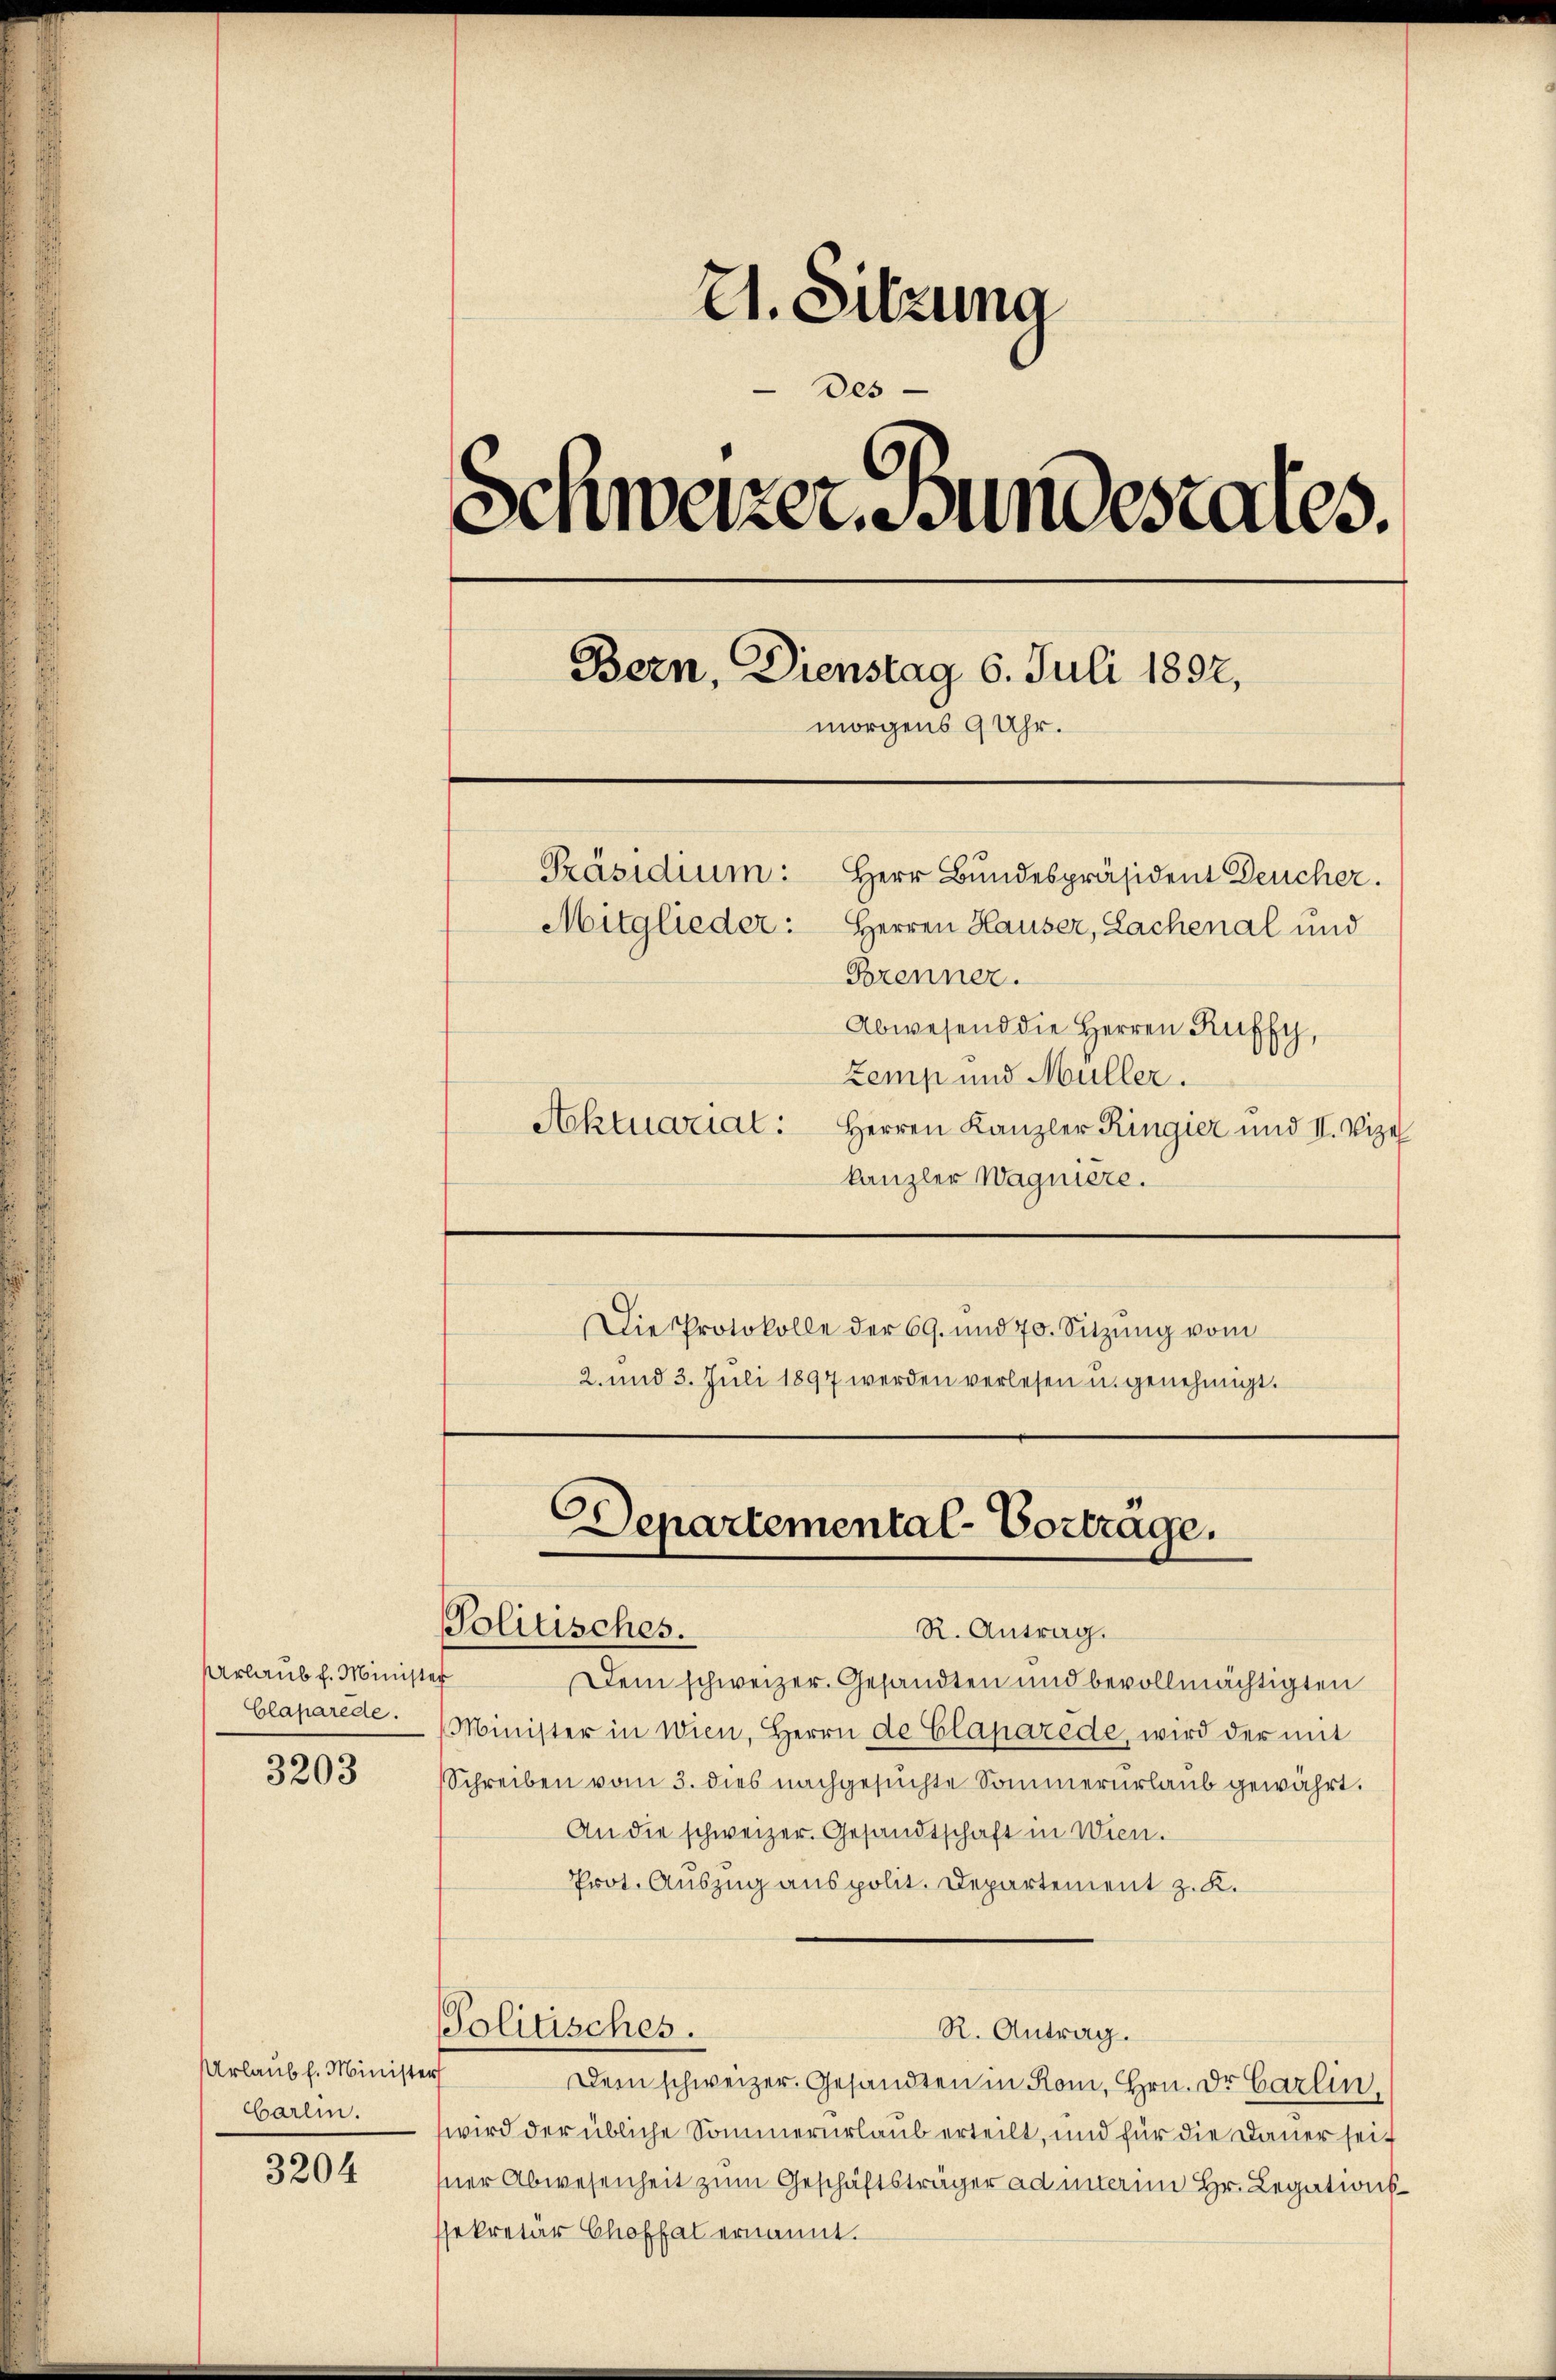
Urlaub f. Minister
Glaparede.

3203

Urlaub h. Minister
barlin.

3204

21. Sitzung
des
Schweizer. Bundestates.
Bern, Dienstag 6. Juli 1892,
morgens 9 Uhr.
Präsidium:
Herr Bundespräsident Deucher.
Mitglieder: Herren Hauser, Lachenal und
Brenner.
Abwesend die Herren Kuffy,
Zemp und Müller.
Aktuarial:
Herren Kanzler Ringier und II. Vize

kanzler Wagniere.
Die Protokolle der 69. und 70. Sitzŭng vom
2. und 3. Juli 1897 werden verlesen u. genehmigt.

Departemental-Vortrage.
Politisches.
R. Antrag.

Dem schweizer. Gesandten und bevollmächtigten
Minister in Wien, Herrn de Claparede, wird der mit
Schreiben vom 3. dies nachgesuchte Sommerurlaub gewährt.
An die schweizer. Gesandtschaft in Wien.
Prot. Auszug aus polit. Departement z. K.

Politisches.

R. Antrag.

Dem schweizer. Gesandten in Rom, Hrn. Dr. Carlin,
wird der übliche Sommerurlaub erteilt, und für die Dauer seit
sner Abwesenheit zum Geschäftsträger ad unterin Hr. Legationssekretär Choffel ernannt.